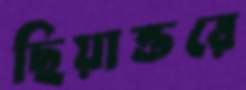
ছিয়াত্তরে